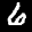
Label: 6